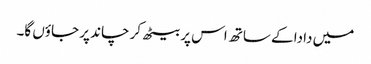
میں دادا کے ساتھ اس پر بیٹھ کر چاند پر جاؤں گا۔